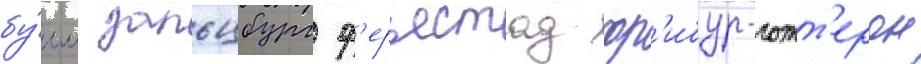
бу́лл зальцбург ф'ерьестад фр'ибур-готт'ерон